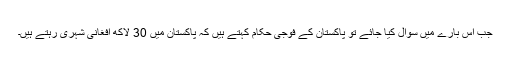
جب اِس بارے میں سوال کیا جائے تو پاکستان کے فوجی حکام کہتے ہیں کہ پاکستان میں 30 لاکھ افغانی شہری رہتے ہیں۔